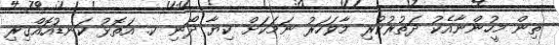
ތިން މީހުންނާއެކު ދަތުރުކުރި މާވަހަރު ނަމަކަށް ކިޔާ ދޯނި ކ. އަތޮޅު ކަނޑުއޮއްގިރި